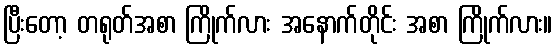
ပြီးတော့ တရုတ်အစာ ကြိုက်လား အနောက်တိုင်း အစာ ကြိုက်လား။